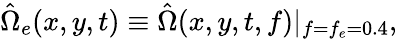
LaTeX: \hat{\Omega}_{e}(x,y,t)\equiv\hat{\Omega}(x,y,t,f)|_{f=f_{e}=0.4},